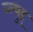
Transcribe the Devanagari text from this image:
ब्ल्युह्